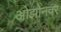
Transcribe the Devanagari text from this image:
ओझोनवर